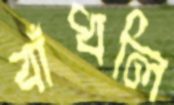
বাঁধলি